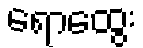
ရောထွေး